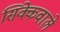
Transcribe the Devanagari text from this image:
सिक्केवाले